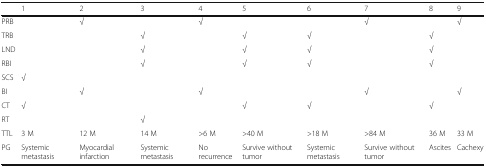
|  | 1 | 2 | 3 | 4 | 5 | 6 | 7 | 8 | 9 |
 | --- | --- | --- | --- | --- | --- | --- | --- | --- | --- |
 | PRB |  | √ |  | √ |  |  | √ |  | √ |
 | TRB |  |  | √ |  | √ | √ |  | √ |  |
 | LND |  |  | √ |  | √ | √ |  | √ |  |
 | RBI |  |  | √ |  | √ | √ |  | √ |  |
 | SCS | √ |  |  |  |  |  |  |  |  |
 | BI |  | √ |  | √ |  |  | √ |  | √ |
 | CT | √ |  |  |  | √ | √ |  | √ |  |
 | RT |  |  | √ |  |  |  |  |  |  |
 | TTL | 3 M | 12 M | 14 M | >6 M | >40 M | >18 M | >84 M | 36 M | 33 M |
 | PG | Systemic metastasis | Myocardial infarction | Systemic metastasis | No recurrence | Survive without tumor | Systemic metastasis | Survive without tumor | Ascites | Cachexy |